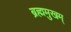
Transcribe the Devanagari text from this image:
ब्रह्ममुखम्